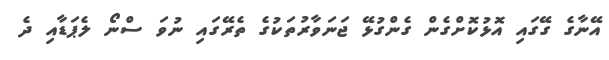
އޭނާގެ ގޭގައި އޮޅުކޮށްގެން ގެންގުޅޭ ޖަނަވާރުތަކުގެ ތެރޭގައި ނުވަ ސްނޯ ލެޕަޑާއި ދެ